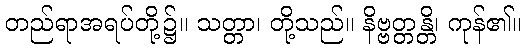
တည်ရာအရပ်တို့၌။ သတ္တာ၊ တို့သည်။ နိဗ္ဗတ္တန္တိ၊ ကုန်၏။